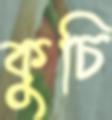
কুচি